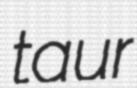
taur